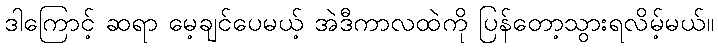
ဒါကြောင့် ဆရာ မေ့ချင်ပေမယ့် အဲဒီကာလထဲကို ပြန်တော့သွားရလိမ့်မယ်။